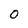
Character: 0